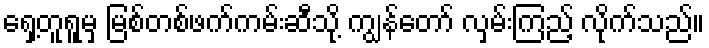
ရှေ့တူရူမှ မြစ်တစ်ဖက်ကမ်းဆီသို့ ကျွန်တော် လှမ်းကြည့် လိုက်သည်။